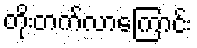
တိုးတက်လာကြောင်း